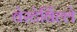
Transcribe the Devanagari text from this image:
वेस्टेर्विल्ले